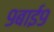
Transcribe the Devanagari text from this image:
९बाई९